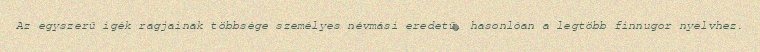
Az egyszerű igék ragjainak többsége személyes névmási eredetű, hasonlóan a legtöbb finnugor nyelvhez.